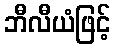
ဘီလီယံဖြင့်